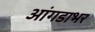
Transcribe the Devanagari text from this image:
आंगडाभर